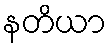
နတိယာ